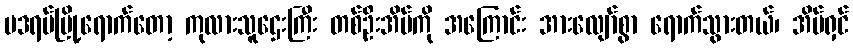
မဒရပ်မြို့ရောက်တော့ ကုလားသူဌေးကြီး တစ်ဦးအိမ်ကို အကြောင်း အားလျော်စွာ ရောက်သွားတယ်၊ အိမ်ရှင်